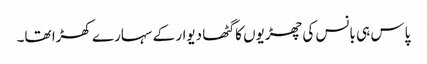
پاس ہی بانس کی چھڑیوں کا گٹھا دیوار کے سہارے کھڑا تھا۔